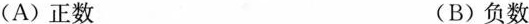
(A)正数 (B)负数